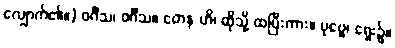
လျှောက်၏။) ဝင်္ဂီသ၊ ဝင်္ဂီသ။ တေန ဟိ၊ ထိုသို့ ထပြီးကား။ ပုဗ္ဗေ၊ ရှေး၌။